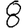
Digit: 8